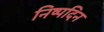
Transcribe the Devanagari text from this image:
निष्पदिन